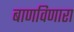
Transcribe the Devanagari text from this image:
बाणविणारा